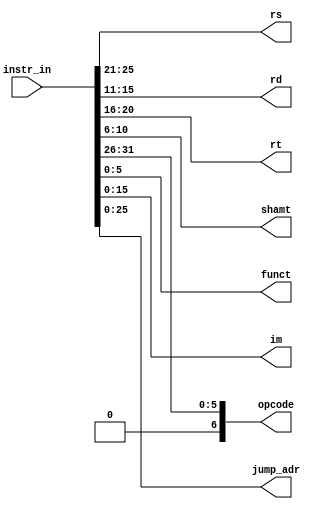
`timescale 1ns / 1ps
//////////////////////////////////////////////////////////////////////////////////
// Company: 
// Engineer: 
// 
// Design Name: 
// Module Name:    Decoder 
// Project Name: 
// Target Devices: 
// Tool versions: 
// Description: 
//
// Dependencies: 
//
// Revision: 
// Revision 0.01 - File Created
// Additional Comments: 
//
//////////////////////////////////////////////////////////////////////////////////
module Decoder(instr_in,rs,rd,rt,shamt,opcode,funct,im,jump_adr);
output [4:0] rs,rd,rt,shamt;
output [6:0] opcode;
output [5:0] funct;
output [25:0] jump_adr;
output [15:0] im;
input [31:0] instr_in;
// R-TYPE
assign opcode = {1'b0,instr_in[31:26]}; 
assign rs = instr_in[25:21];
assign rt = instr_in[20:16];
assign rd = instr_in[15:11];
assign shamt = instr_in[10:6];
assign funct = instr_in[5:0]; 
// I-Type 
assign opcode = {1'b0,instr_in[31:26]}; 
assign rs = instr_in[25:21];
assign rt = instr_in[20:16];
assign im = instr_in[15:0];
// J-Type
assign opcode = {1'b0,instr_in[31:26]}; 
assign jump_adr = instr_in[25:0];
endmodule